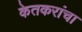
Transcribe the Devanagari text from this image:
केतकरांचा